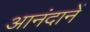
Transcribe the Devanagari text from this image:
आनंदानें